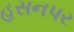
હસનપર